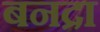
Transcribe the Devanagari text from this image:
बनद्रा